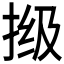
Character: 𫼾